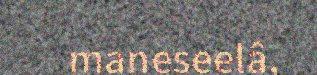
maneseelâ,